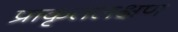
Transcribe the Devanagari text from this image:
प्राकृतलक्षण